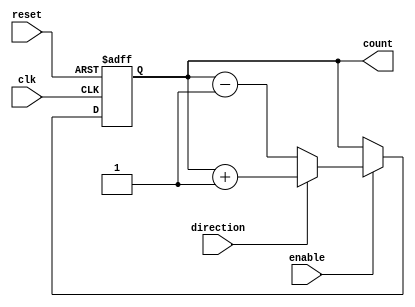
module gray_counter (
  input wire clk,
  input wire reset,
  input wire enable,
  input wire direction,
  output reg [3:0] count
);

reg [3:0] count_next;

always @ (posedge clk or posedge reset) begin
  if (reset) begin
    count <= 4'b0000;
  end else if (enable) begin
    if (direction) begin
      count_next = count + 1;
    end else begin
      count_next = count - 1;
    end
    count <= count_next;
  end
end

endmodule